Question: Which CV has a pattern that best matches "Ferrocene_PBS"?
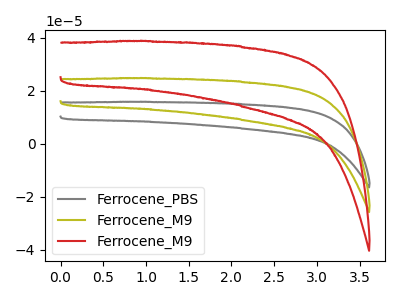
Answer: <think>The gray curve "Ferrocene_PBS" has no peaks. The olive curve "Ferrocene_M9" has no peaks. The red curve "Ferrocene_M9" has no peaks.
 Neither "Ferrocene_PBS" or "Ferrocene_M9" have any peaks. Neither "Ferrocene_PBS" or "Ferrocene_M9" have any peaks. Neither "Ferrocene_M9" or "Ferrocene_M9" have any peaks.</think>
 <answer>"Ferrocene_PBS" and "Ferrocene_M9" have a similar shape to "Ferrocene_M9".</answer>
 <eval>"Ferrocene_PBS" "Ferrocene_M9"</eval>